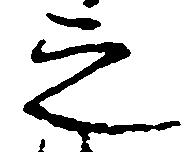
之